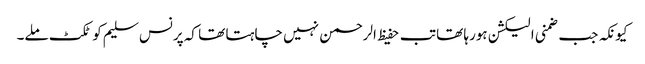
کیونکہ جب ضمنی الیکشن ہورہا تھا تب حفیظ الرحمن نہیں چاہتا تھا کہ پرنس سلیم کو ٹکٹ ملے۔